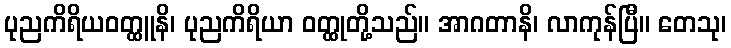
ပုညကိရိယဝတ္ထူနိ၊ ပုညကိရိယာ ဝတ္ထုတို့သည်။ အာဂတာနိ၊ လာကုန်ပြီ။ တေသု၊